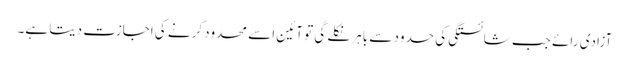
آزادی رائے جب شائستگی کی حدود سے باہر نکلے گی تو آئین اسے محدود کرنے کی اجازت دیتا ہے۔